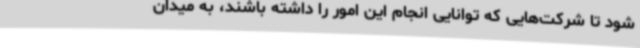
شود تا شرکت‌هایی که توانایی انجام این امور را داشته باشند، به میدان